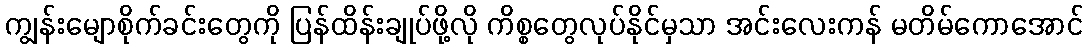
ကျွန်းမျောစိုက်ခင်းတွေကို ပြန်ထိန်းချုပ်ဖို့လို ကိစ္စတွေလုပ်နိုင်မှသာ အင်းလေးကန် မတိမ်ကောအောင်